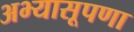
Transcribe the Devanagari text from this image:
अभ्यासूपणा